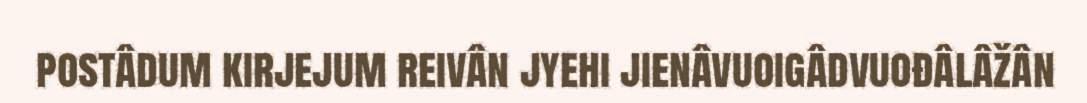
postâdum kirjejum reivân jyehi jienâvuoigâdvuođâlâžân